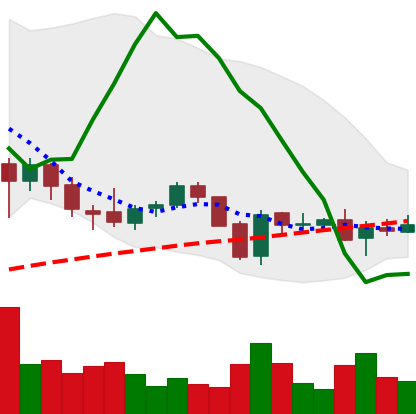
Ticker: EOS-USD
Chart end date: 2018-05-31
Forward return: 15.694%
Label: up_7plus